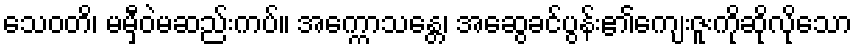
သေဝတိ၊ မမှီဝဲမဆည်းကပ်။ အက္ကောသန္တေ၊ အဆွေခင်ပွန်း၏ကျေးဇူးကိုဆိုလိုသော